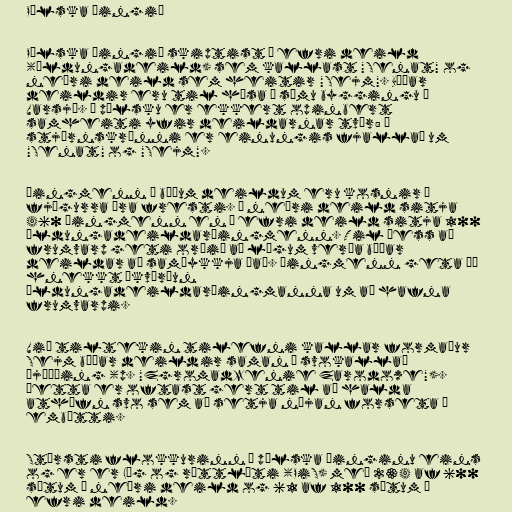
Pólska þingið

Pólska þingið skiptist í efri deild
(öldungadeild) sem kallast "Senat" og
neðri deild sem heitir "Sejm". Báðar
deildir eru til húsa í sömu byggingu í
Varsjá. Á pólsku er ekkert opinbert
samheiti yfir deildarnar tvær: í
stjórnskránni er einungis fjallað um
"Senat" og "Sejm".

Þingmenn í báðum deildum eru kosnir á
fjögurra ára fresti. Í neðri deild sitja
460 þingmenn en í efri deild sitja 100
öldungadeildarþingmenn. Til þess að
frumvarp geti orðið að lögum verða báðar
deildar að samþykkja það. Þingmenn geta þó
hnekkt ákvörðun
öldungadeildarþingmanna um að hafna
frumvarpi.

Við tiltekin tilefni kallar formaður
Sejm báðar deildir saman í svokallað
þjóðþing (p. "Zgromadzenie Zarodowe").
Þetta er oftast gert til að halda
athöfn svo sem að setja nýjan forseta í
embætti.

Stærsti flokkurinn í pólska þinginu eins
og er er Lög og réttlæti (PiS) með 234 af 600
sætum í neðri deild og 61 af 100 sætum í
efri deild.